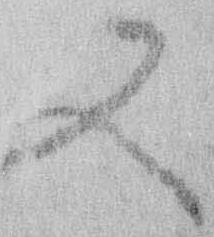
又